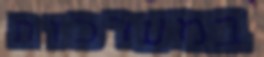
במערכות